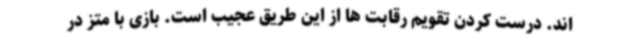
اند. درست کردن تقویم رقابت ها از این طریق عجیب است. بازی با متز در